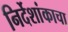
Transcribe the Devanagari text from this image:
निर्देशांकाचा